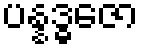
ပန္နဒ္ဓဇော